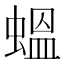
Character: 蝹